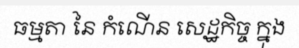
ធម្មតា នៃ កំណើន សេដ្ឋកិច្ច ក្នុង